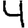
Digit: 4